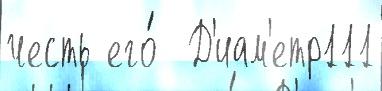
честь его́  Д'иам'етр111